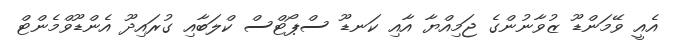
އެއީ ވޭމަންޑޫ ޒުވާނުންގެ ޖަމިއްޔާ އާއި ކަނޑޫ ސްޕޯޓްސް ކްލަބާއި ގުރައިދޫ އެންޑޫވްމެންޓް